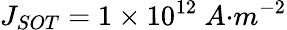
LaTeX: J_{{SOT}}=1\times{10}^{12}\ {A}{{·}}{{m}}^{{-2}}